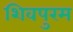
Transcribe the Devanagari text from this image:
शिवपुरम